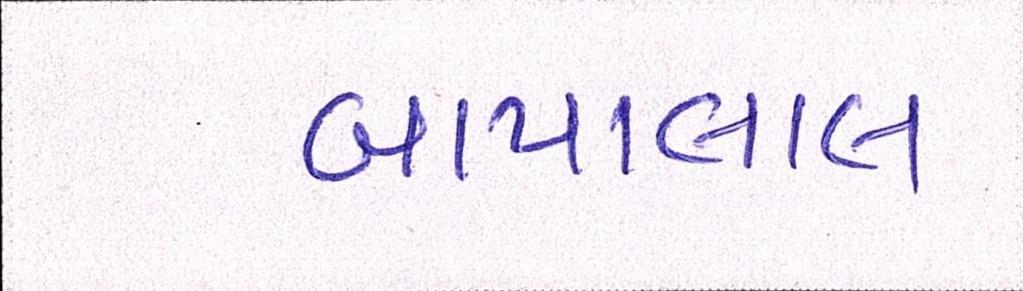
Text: બાપાલાલ